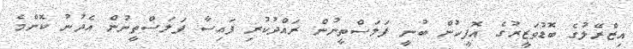
އިޒްރޭލުގެ ބޮޑުވަޒީރުގެ އޮފީހުން ބުނީ ފަަލަސްތީނުން ރައްދުކުރި ފައިސާ ފަލަސްތީނުން އެދުނު ކޮންމެ